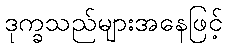
ဒုက္ခသည်များအနေဖြင့်